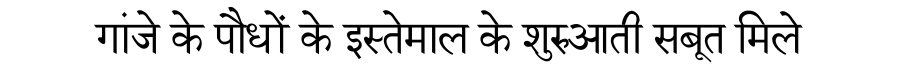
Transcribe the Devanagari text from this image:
गांजे के पौधों के इस्तेमाल के शुरुआती सबूत मिले